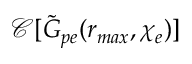
\mathcal { C } [ \tilde { G } _ { p e } ( r _ { m a x } , \chi _ { e } ) ]